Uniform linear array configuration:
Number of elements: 48
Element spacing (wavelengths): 1
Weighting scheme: hann
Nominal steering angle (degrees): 15
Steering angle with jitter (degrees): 15.693
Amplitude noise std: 0.05
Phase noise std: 0.05

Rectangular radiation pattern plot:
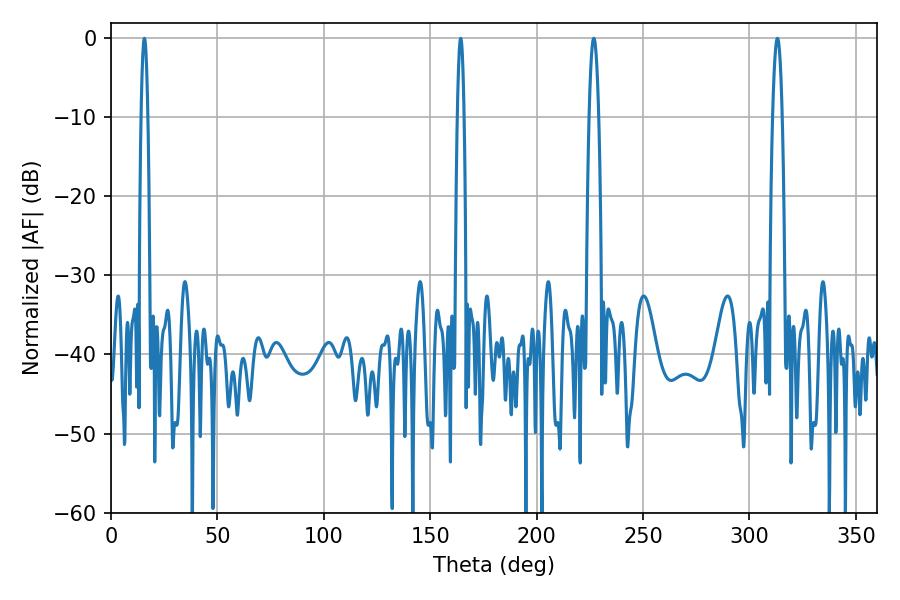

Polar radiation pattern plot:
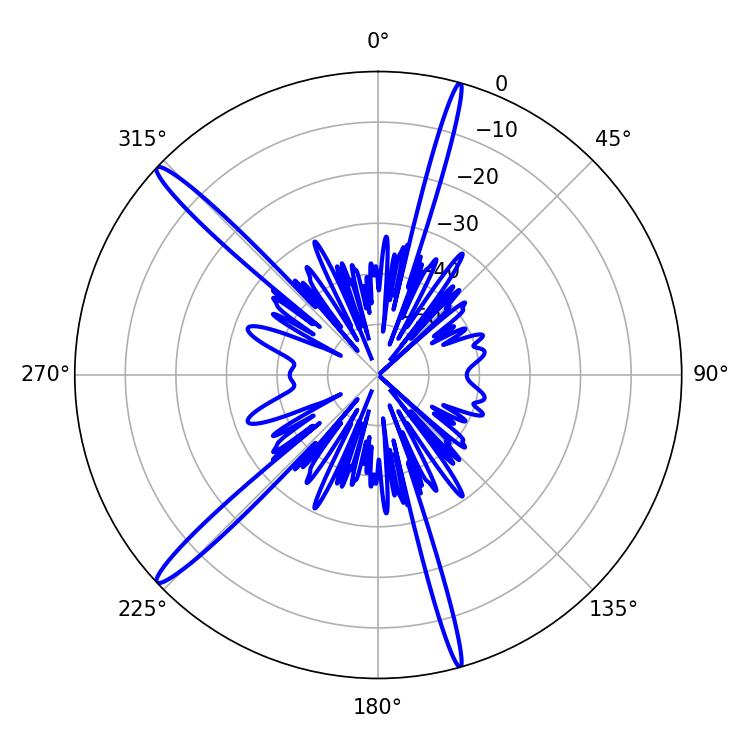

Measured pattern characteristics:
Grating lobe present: TRUE
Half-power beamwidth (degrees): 1.62
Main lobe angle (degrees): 15.66